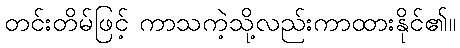
တင်းတိမ်ဖြင့် ကာသကဲ့သို့လည်းကာထားနိုင်၏။